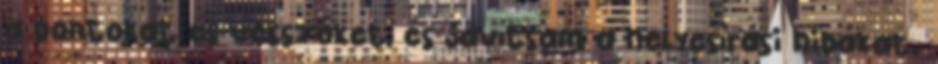
a pontokat és vesszőket, és javítsam a helyesírási hibákat.